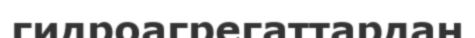
гидроагрегаттардан